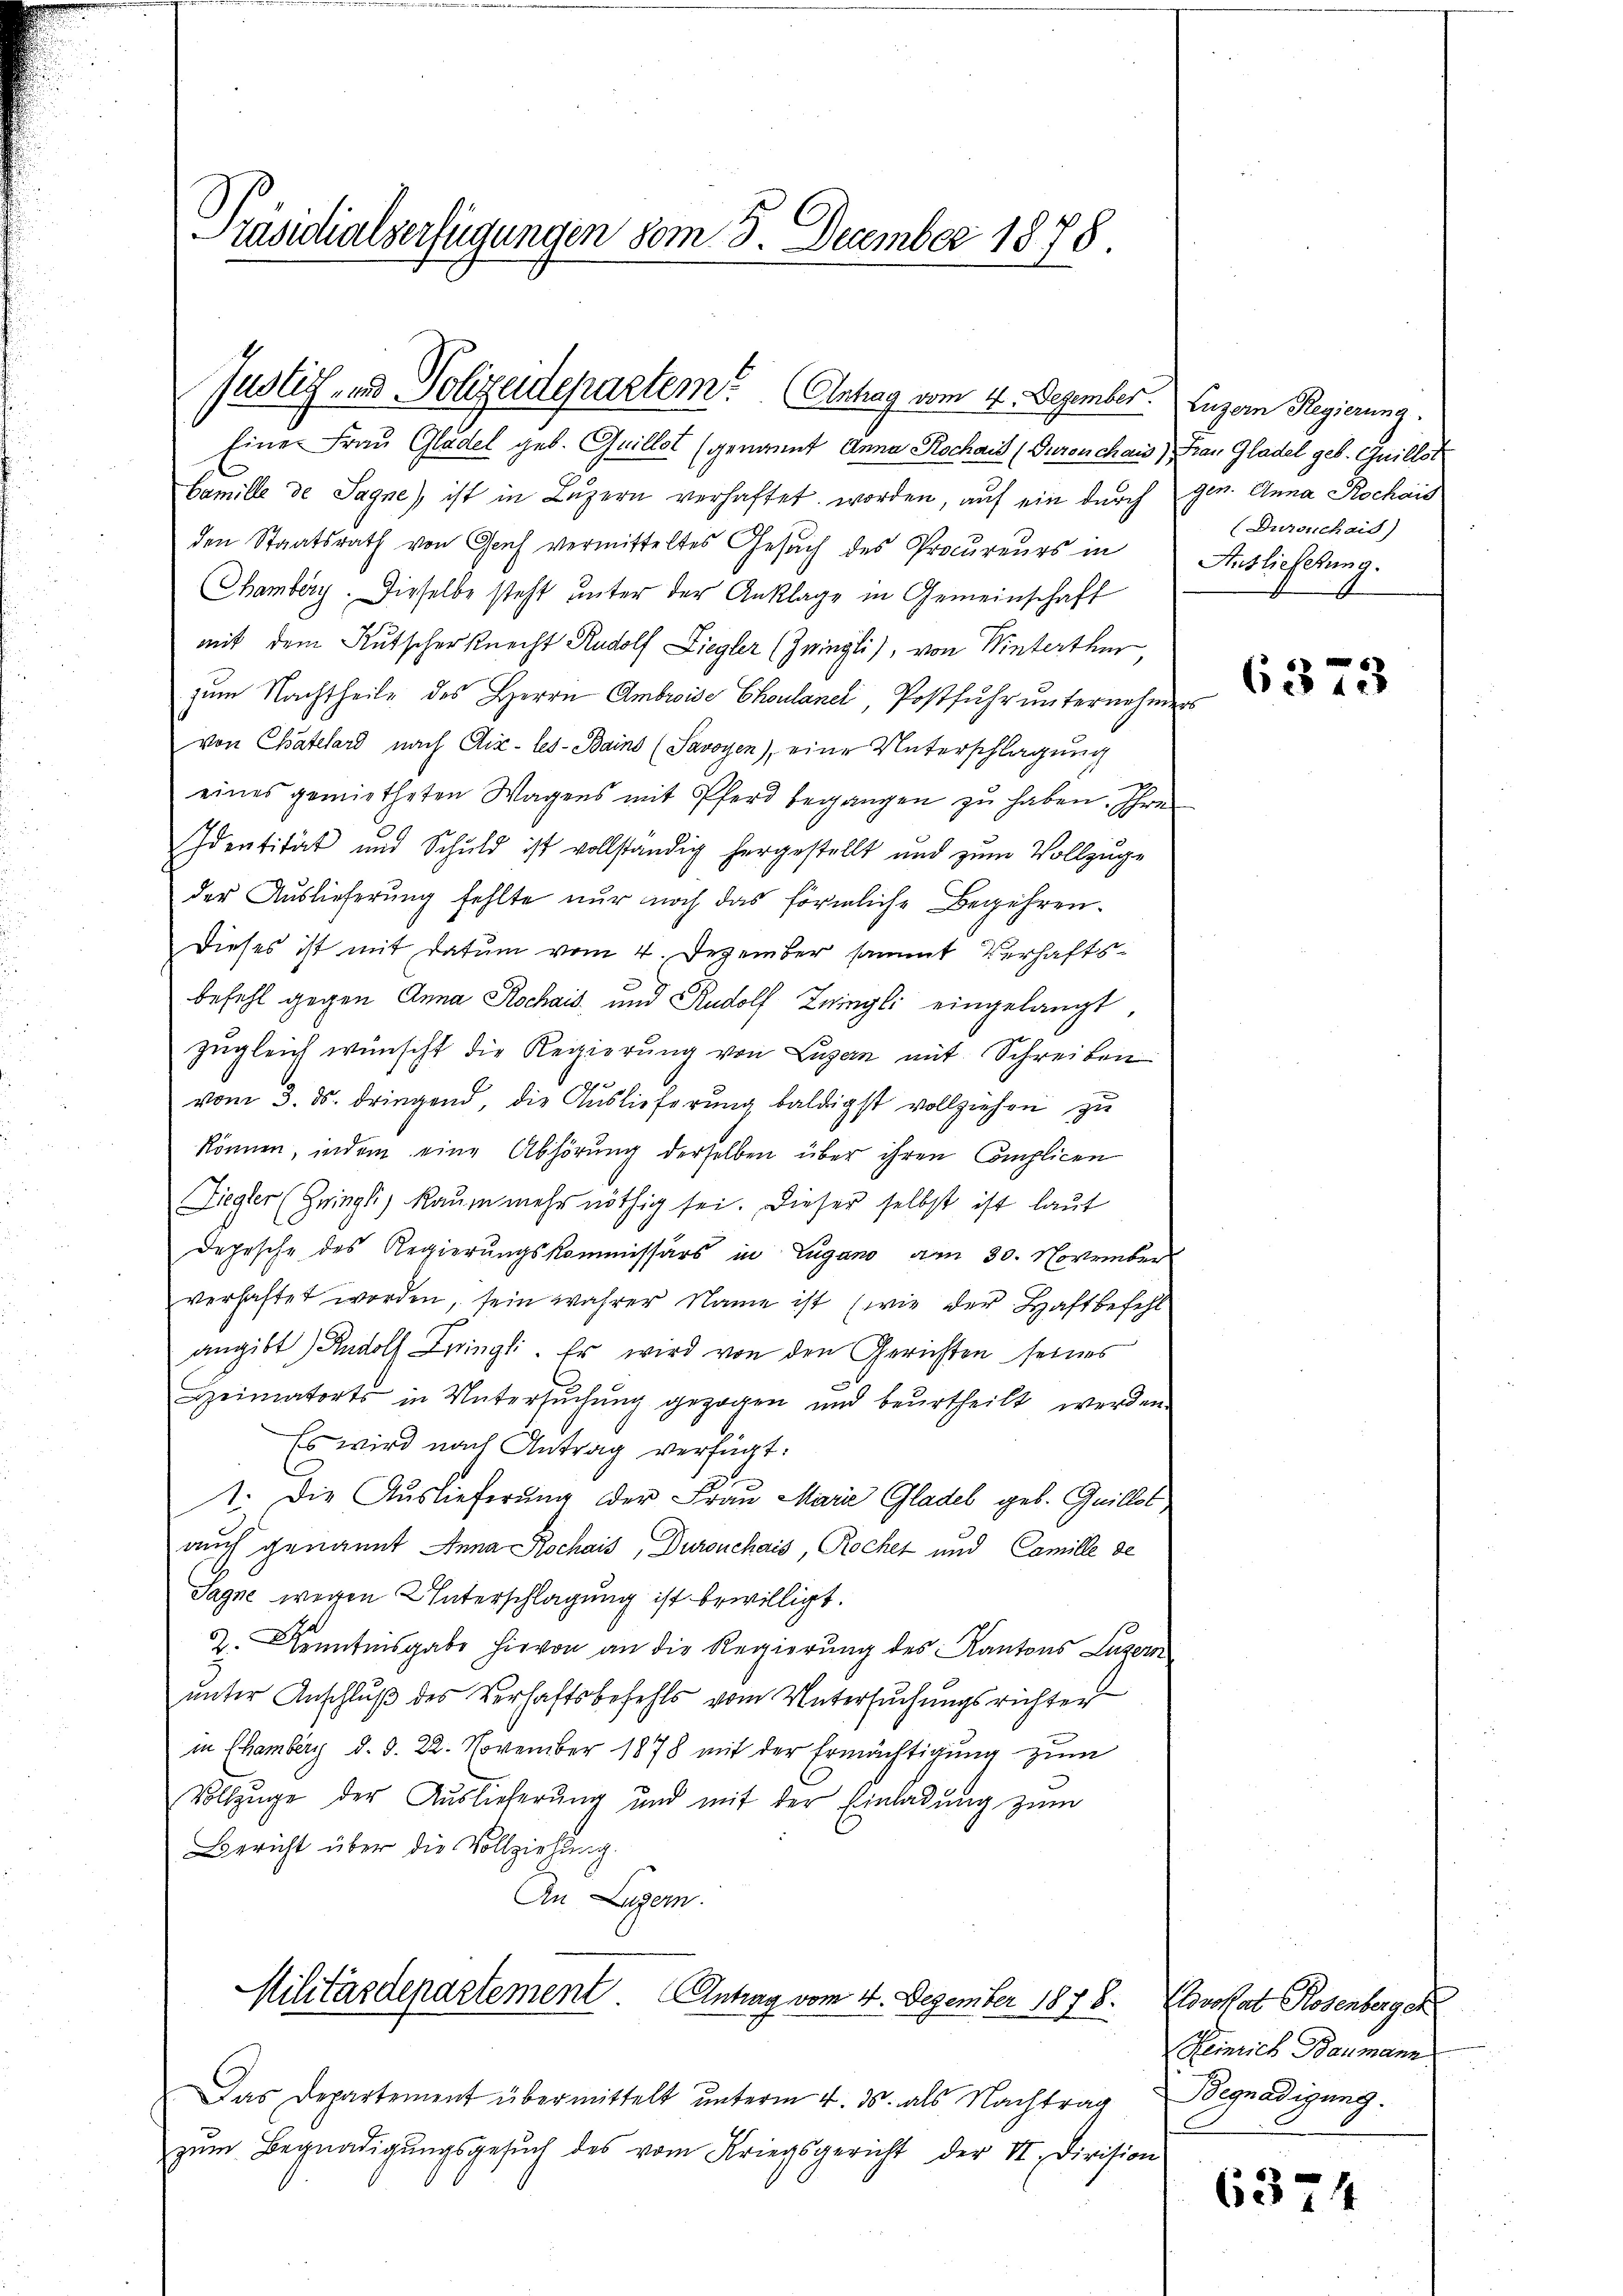
Präsidialverfügungen vom 8. December 1878.

Justiz- und Polizeidepartem (Antrag vom 4. Dezember. Luzern Regierung.

Eine Frau Gladel geb. Quillot (genannt Anna Rochais (Guronchaus) Frau Gladel geb. Guillst
Camille de Sagne, ist in Luzern verhaftet worden, auf ein durch gen. Anna Rochais
den Staatsrath von Genf vermitteltes Gesuch des Procureurs in
Chamberg. Dieselbe steht unter der Anklage in Gemeinschaft
mit dem Kutscher Knecht Rudolf Liegler (Zwingli), von Winterthur,
zum Nachtheile des Herrn Ambroise Choulanel, Postfuhr unternehmers
von Catelard nach Aix-les-Bains (Savoyen), eine Unterschlagung
eines gemietheten Wagens mit Pferd begangen zŭ haben. Ihre
Identität und Schuld ist vollständig hergestellt und zum Vollzuge
der Auslieferung fehlte nur noch das förmliche Begehren.
Dieses ist mit Datum vom 4. Dezember sammt Verhaftsbefehl gegen Anna Rochais und Rudolf Zwingli eingelangt,
zugleich wünscht die Regierung von Luzern mit Schreiben
vom 3. ds. dringend, die Auslieferŭng baldigst vollziehen zu
können, indem eine Abhörung derselben über ihren Complicen
Ziegler (Gringli, Raum mehr nöthig sei. Dieser selbst ist laut
Depesche des Regierungskommissärs in Lugano am 30. November
verhaftet worden, sein wahrer Name ist (wie der Haftbefehl
angibt) Rudolf Zwingli. Er wird von den Gerichten seines
Heimatorts in Untersŭchŭng gezogen und beŭrtheilt werden
Es wird nach Antrag verfügt:
1. Die Auslieferung der Frau Marie Gladel geb. Guillot
auch genannt Anna Rochais, Duronchais, Rochet und Camille de
Sagne wegen Unterschlagung ist bewilligt.
2. Kenntnisgabe hievon an die Regierung des Kantons Luzern
unter Anschluß des Verhaftsbefehls vom Untersuchungsrichter
in Chamberg d. d. 22. November 1878 mit der Ermächtigung zum
Vollzuge der Auslieferung und mit der Einladung zum
Bericht über die Vollziehung.
An Luzern.

Militärdepartement. Antrag vom 4. Dezember 1878.

Das Departement übermittelt unterm 4. ds. als Nachtrag
zŭm Begnadigŭngsgesŭch des vom Kriegsgericht der II. Division

(Duronchaid)
Auslieferung.

6373

Povokat Rosenbergek
Heinrich Baumann
Begnadigung.

6374